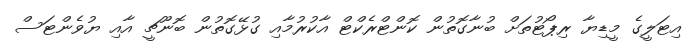
އިޓަލީގެ މީޑިޔާ ރިޕޯޓުތަށް ބުނާގޮތުން ކޮންޓްރެކްޓް އާކުރުމާއި ގުޅޭގޮތުން ބޮނޫޗީ އާއި ޔުވެންޓަސް